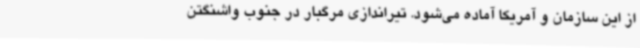
از این سازمان و آمریکا آماده می‌شود. تیراندازی مرگبار در جنوب واشنگتن